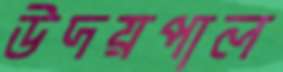
উদয়পাল